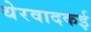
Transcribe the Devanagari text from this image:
थेरवादकई